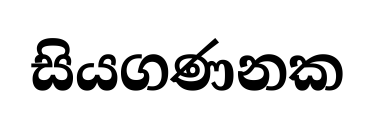
සියගණනක